Annual report on the Civil Veterinary Department, Burma (including the Insein Veterinary School) - 1923-1931
Year: 1923
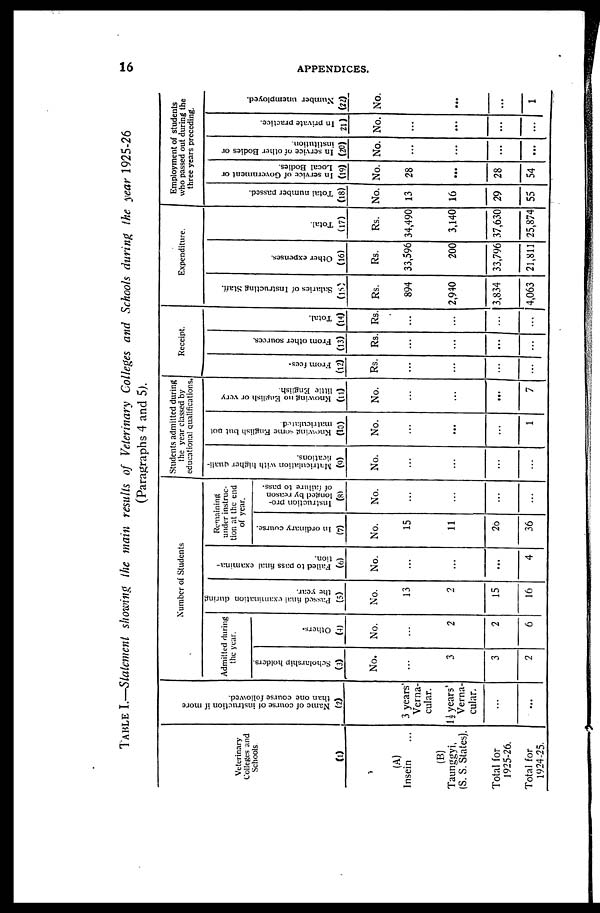
16
APPENDICES.
TABLE I.—Statement showing the main results of Veterinary Colleges and Schools during the year 1925-26
(Paragraphs 4 and 5).
Veterinary
Colleges and
Schools.
(1)
(A)
Insein ...
(B)
Taunggyi,
(S. S. States).
Total for
1925-26.
Total for
1924-25.
Name of course of instruction if more
than one course followed.
(2)
3 years'
Verna-
cular.
1½ years'
Verna-
cular.
...
...
Number of Students
Admitted during
the year.
Scholarship holders.
(3)
No.
...
3
3
2
Others.
(4)
No.
...
2
2
6
Passed final examination during
the year.
(5)
No.
13
2
15
16
Failed to pass final examina-
tion.
(6)
No.
...
...
...
4
Remaining
under instruc-
tion at the end
of year.
In ordinary course.
(7)
No.
15
11
26
36
Instruction pro-
longed by reason
of failure to pass.
(8)
No.
...
...
...
...
Students admitted during
the year classed by
educational qualifications.
Matriculation with higher quali-
fications.
(9)
No.
...
...
...
...
Knowing some English but not
matriculated.
(10)
No.
...
...
...
1
Knowing no English or very
little English.
(11)
No.
...
...
...
7
Receipt.
From fees.
(12)
Rs.
...
...
...
...
From other sources.
(13)
Rs.
...
...
...
...
Total.
(14)
Rs.
...
...
...
...
Expenditure.
Salaries of Instructing Staff.
(15)
Rs.
894
2,940
3,834
4,063
Other expenses.
(16)
Rs.
33,596
200
33,796
21,811
Total.
(17)
Rs.
34,490
3,140
37,630
25,874
Employment of students
who passed out during the
three years preceding.
Total number passed.
(18)
No.
13
16
29
55
In service of Government or
Local Bodies.
(19)
No.
28
...
28
54
In service of other Bodies or
institution.
(20)
No.
...
...
...
...
In private practice.
21)
No.
...
...
...
...
Number unemployed.
(22)
No.
...
...
1